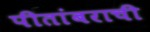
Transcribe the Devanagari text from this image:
पीतांबराची